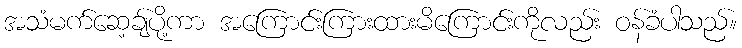
အသံမက်ဆေ့ချ်ပို့ကာ အကြောင်းကြားထားမိကြောင်းကိုလည်း ဝန်ခံပါသည်။